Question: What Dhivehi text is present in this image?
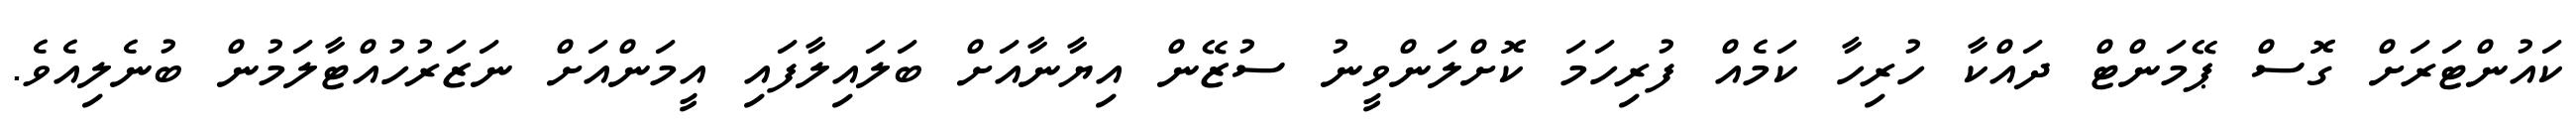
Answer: ކައުންޓަރަށް ގޮސް ޕޭމަންޓް ދައްކާ ހުރިހާ ކަމެއް ފުރިހަމަ ކޮށްލަންވީނު ސުޒޭން އިޔާނާއަށް ބަލައިލާފައި އީމަންއަށް ނަޒަރުހުއްޓާލަމުން ބުނެލިއެވެ.